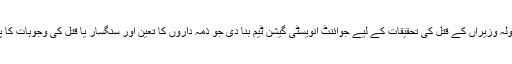
پولیس نے مقتولہ وزیراں کے قتل کی تحقیقات کے لیے جوائنٹ انویسٹی گیشن ٹیم بنا دی جو ذمہ داروں کا تعین اور سنگسار یا قتل کی وجوہات کا پتہ لگائے گی۔